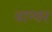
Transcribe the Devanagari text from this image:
वाग्वर